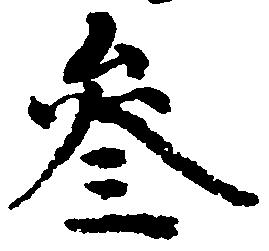
参